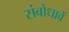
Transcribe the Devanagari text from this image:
संबोधावें